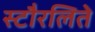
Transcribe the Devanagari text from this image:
स्टौरलिते